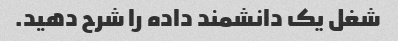
شغل یک دانشمند داده را شرح دهید.